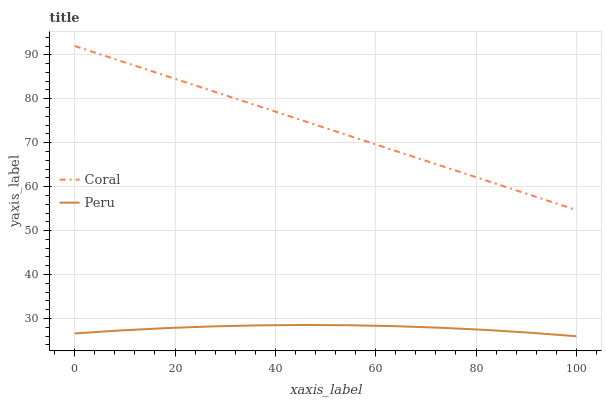
| xaxis_label | Coral | Peru |
 | --- | --- | --- |
 | 0 | 92 | 26.6 |
 | 9.09 | 88.6 | 27.3 |
 | 18.2 | 85.2 | 27.8 |
 | 27.3 | 81.8 | 28.2 |
 | 36.4 | 78.4 | 28.4 |
 | 45.5 | 75 | 28.5 |
 | 54.5 | 71.6 | 28.5 |
 | 63.6 | 68.3 | 28.3 |
 | 72.7 | 64.9 | 27.9 |
 | 81.8 | 61.5 | 27.4 |
 | 90.9 | 58.1 | 26.8 |
 | 100 | 54.7 | 26 |